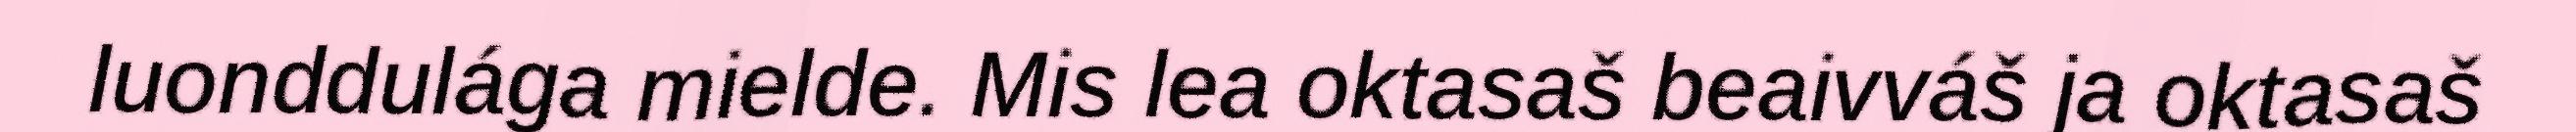
luonddulága mielde. Mis lea oktasaš beaivváš ja oktasaš